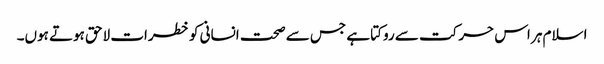
اسلام ہر اس حرکت سے روکتا ہے جس سے صحت انسانی کو خطرات لاحق ہوتے ہوں۔